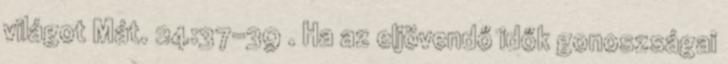
világot Mát. 24:37-39 . Ha az eljövendő idők gonoszságai